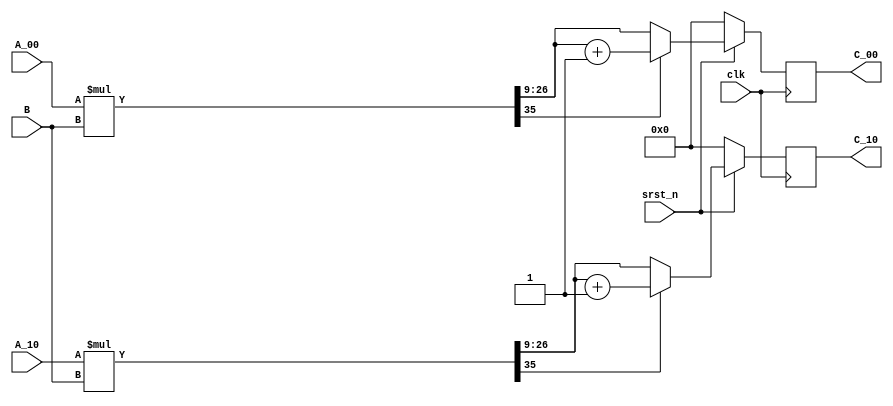
module mult_2x1_1x1 #(
parameter BIT_NUM = 18,
parameter FRAC_NUM = 9
) 
(
  input clk,
  input srst_n,
  input [BIT_NUM-1:0] A_00,
  input [BIT_NUM-1:0] A_10,
  input [BIT_NUM-1:0] B,

  output reg signed [BIT_NUM-1:0] C_00,
  output reg signed [BIT_NUM-1:0] C_10
);


// mult phase
reg signed [2*BIT_NUM-1:0] mult [0:1];
always@* begin
  mult[0] = $signed(A_00) * $signed(B);
  mult[1] = $signed(A_10) * $signed(B);
end
/*always@(posedge clk)
  if(~srst_n) begin
    mult[0] <= 0;
    mult[1] <= 0;
  end
  else begin
    mult[0] <= $signed(A_00) * $signed(B);
    mult[1] <= $signed(A_10) * $signed(B);
  end*/

always@(posedge clk)
  if(~srst_n) begin
    C_00 <= 0;
    C_10 <= 0;
  end
  else begin
    if(mult[0][2*BIT_NUM-1])
      C_00 <= mult[0][BIT_NUM+FRAC_NUM-1:FRAC_NUM] + 1'b1;  
    else
      C_00 <= mult[0][BIT_NUM+FRAC_NUM-1:FRAC_NUM];
    if(mult[1][2*BIT_NUM-1])
      C_10 <= mult[1][BIT_NUM+FRAC_NUM-1:FRAC_NUM] + 1'b1;  
    else
      C_10 <= mult[1][BIT_NUM+FRAC_NUM-1:FRAC_NUM];
  end




endmodule